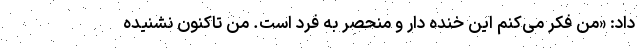
داد: «من فکر می‌کنم این خنده دار و منحصر به فرد است. من تاکنون نشنیده